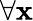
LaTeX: \forall\mathbf{x}